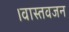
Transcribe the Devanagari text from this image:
।वास्तवजन